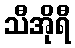
သီအိုရီ